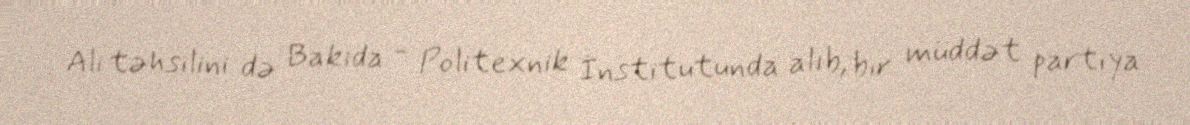
Ali təhsilini də Bakıda - Politexnik İnstitutunda alıb, bir müddət partiya